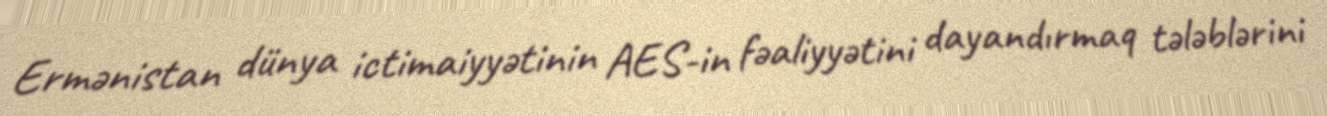
Ermənistan dünya ictimaiyyətinin AES-in fəaliyyətini dayandırmaq tələblərini